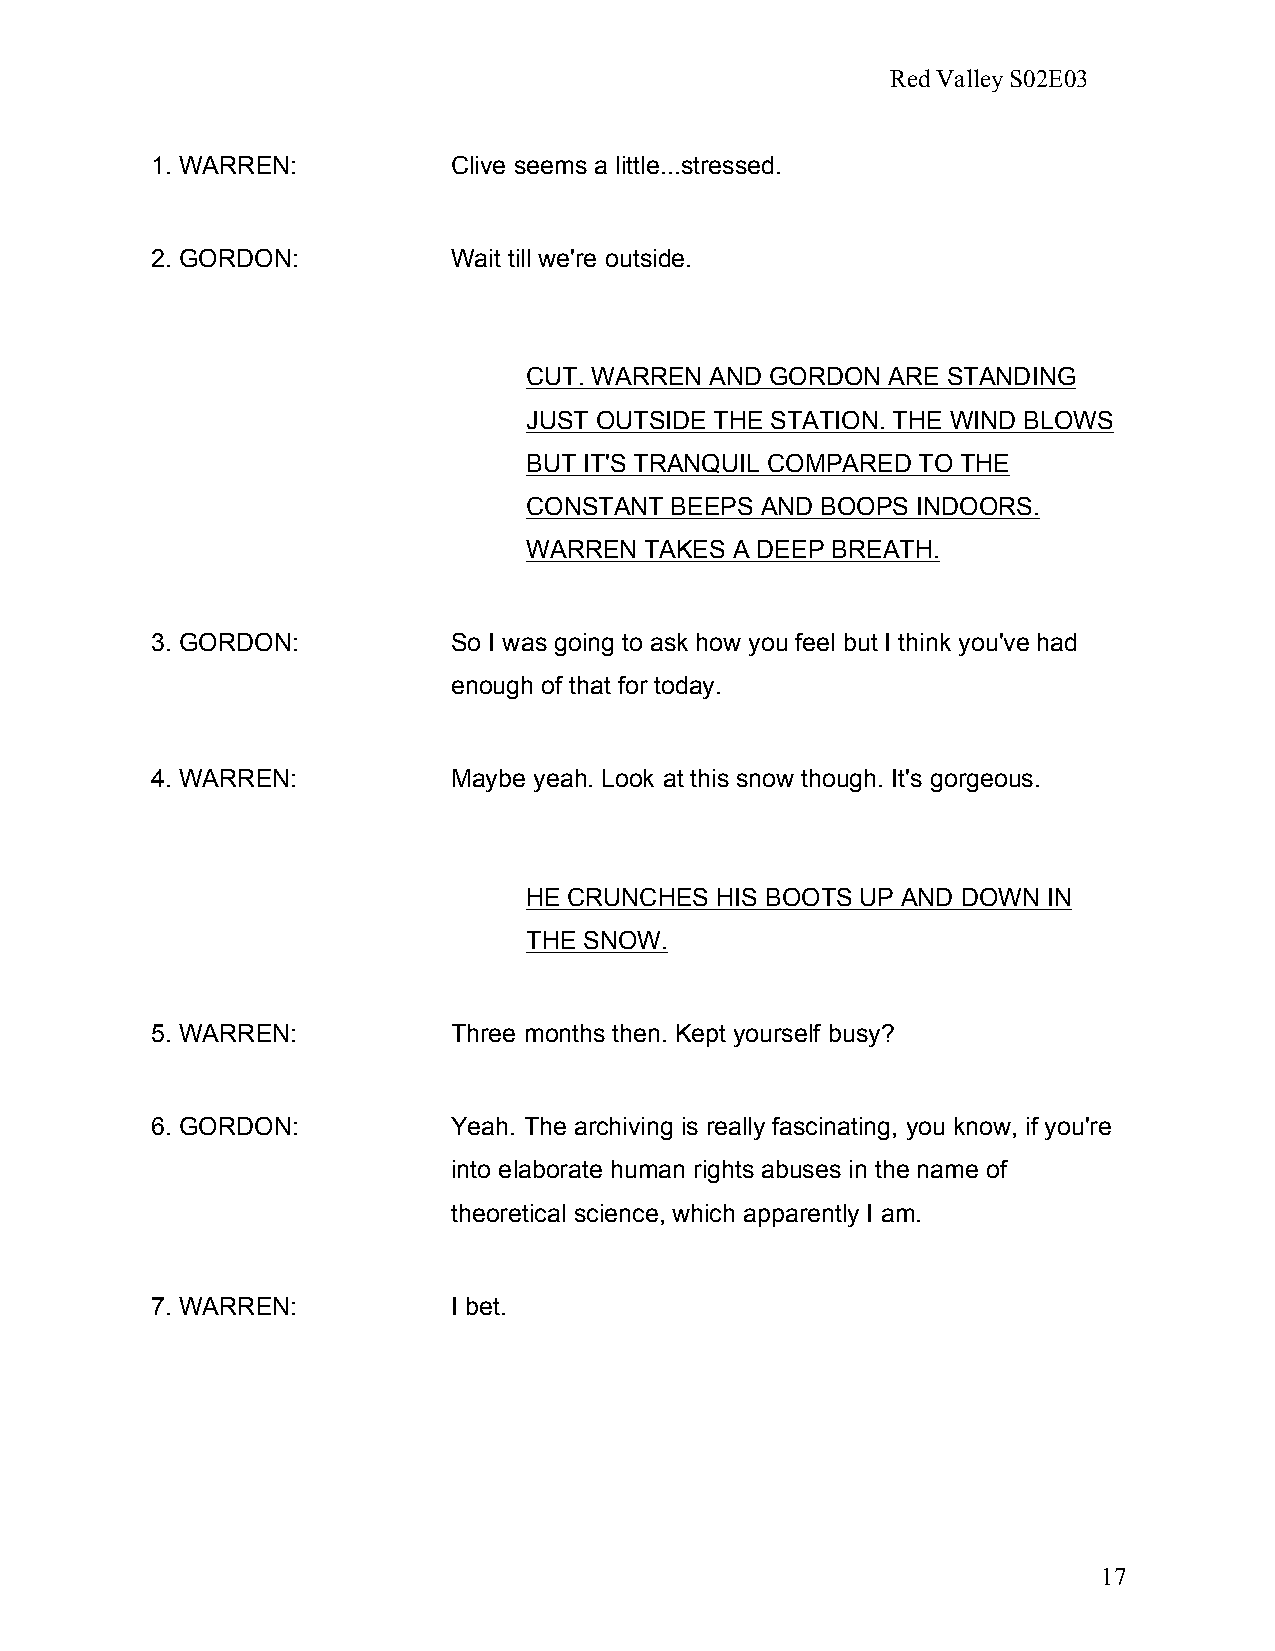
Red Valley S02E03
 1. WARREN:          Clive seems a little...stressed.
 2. GORDON:          Wait till we're outside.
 CUT. WARREN AND GORDON  ARE STANDING
 JUST OUTSIDE THE STATION. THE WIND BLOWS
 BUT IT'S TRANQUIL COMPARED TO THE
 CONSTANT BEEPS AND BOOPS  INDOORS.
 WARREN  TAKES A DEEP BREATH.
 3. GORDON:          So I was going to ask how you feel but I think you've had
 enough of that for today.
 4. WARREN:          Maybe yeah. Look at this snow though. It's gorgeous.
 HE CRUNCHES HIS BOOTS UP AND DOWN IN
 THE SNOW.
 5. WARREN:          Three months then. Kept yourself busy?
 6. GORDON:          Yeah. The archiving is really fascinating, you know, if you're
 into elaborate human rights abuses in the name of
 theoretical science, which apparently I am.
 7. WARREN:          I bet.
 17